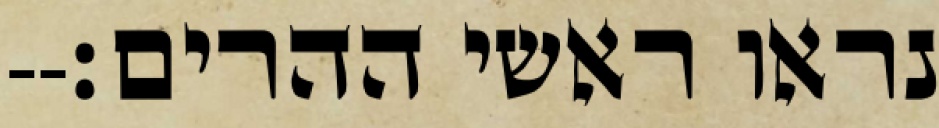
נראו ראשי ההרים׃--